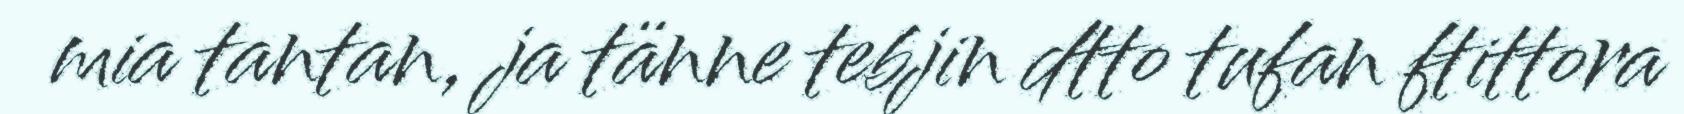
mia tantan, ja tänne tebjin dtto tufan ftittora